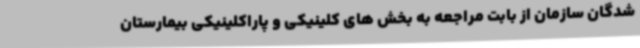
شدگان سازمان از بابت مراجعه به بخش های کلینیکی و پاراکلینیکی بیمارستان